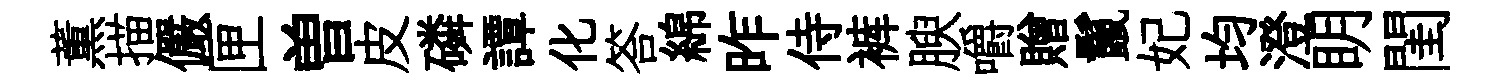
薫描儼匣曽皮磷譚化答綿昨侍裤腴嚼贈鬣妃均澄眀閨